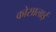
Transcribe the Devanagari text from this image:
कोसालाई